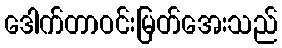
ဒေါက်တာဝင်းမြတ်အေးသည်